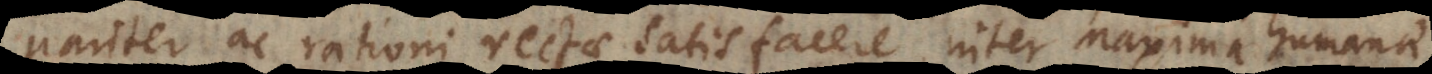
pariter ac rationi rectae satisfacere inter maxima humanae